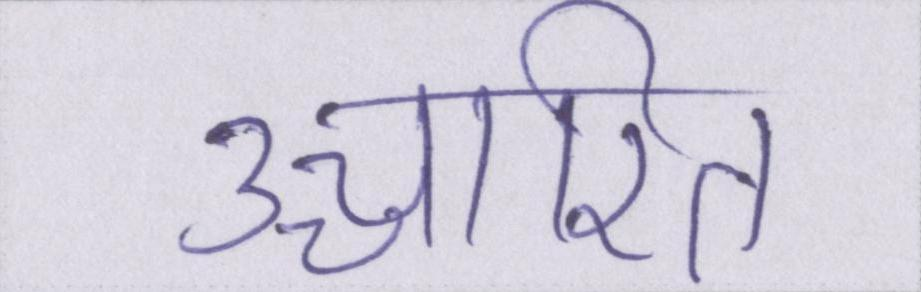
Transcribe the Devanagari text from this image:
उच्चारित